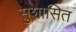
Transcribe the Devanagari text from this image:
सुशासित